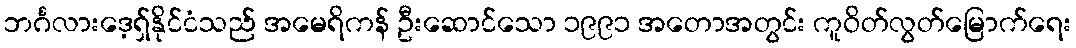
ဘင်္ဂလားဒေ့ရှ်နိုင်ငံသည် အမေရိကန် ဦးဆောင်သော ၁၉၉၁ အတောအတွင်း ကူဝိတ်လွတ်မြောက်ရေး